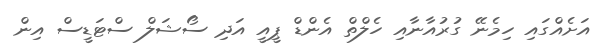
އަށެއްގައި ހިމެނޭ ގުރުއާނާއި ހެލްތް އެންޑް ޕީއީ އަދި ސޯޝަލް ސްޓަޑީސް އިން